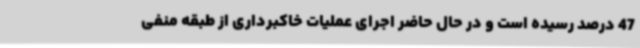
47 درصد رسیده است و در حال حاضر اجرای عملیات خاکبرداری از طبقه منفی